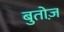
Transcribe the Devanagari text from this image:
बुतोज़